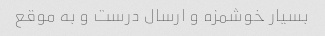
بسیار خوشمزه و ارسال درست و به موقع